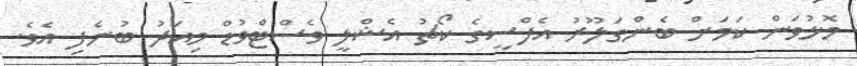
މޮޅުވަން ކަމަށް ބެންގަލޫރު އެފްސީގެ ކޯޗު އެޝްލީ ވެސްޓްވުޑް މިއަދު ބުނެފި އެވެ.